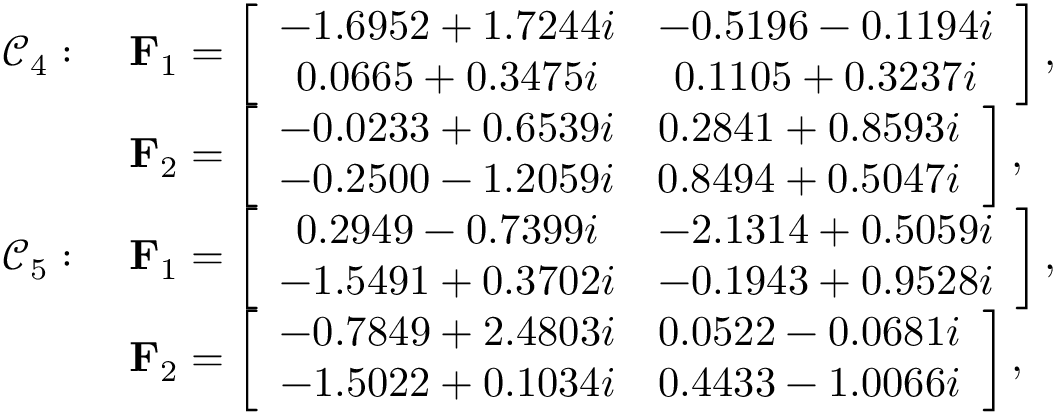
\begin{array} { r l } { \mathcal { C } _ { 4 } : \, \, } & { \mathbf { F } _ { 1 } = \left[ \begin{array} { c c } { - 1 . 6 9 5 2 + 1 . 7 2 4 4 i } & { - 0 . 5 1 9 6 - 0 . 1 1 9 4 i } \\ { 0 . 0 6 6 5 + 0 . 3 4 7 5 i } & { 0 . 1 1 0 5 + 0 . 3 2 3 7 i } \end{array} \right] , } \\ & { \mathbf { F } _ { 2 } = \left[ \begin{array} { c c } { - 0 . 0 2 3 3 + 0 . 6 5 3 9 i } & { 0 . 2 8 4 1 + 0 . 8 5 9 3 i } \\ { - 0 . 2 5 0 0 - 1 . 2 0 5 9 i } & { 0 . 8 4 9 4 + 0 . 5 0 4 7 i } \end{array} \right] , } \\ { \mathcal { C } _ { 5 } : \, \, } & { \mathbf { F } _ { 1 } = \left[ \begin{array} { c c } { 0 . 2 9 4 9 - 0 . 7 3 9 9 i } & { - 2 . 1 3 1 4 + 0 . 5 0 5 9 i } \\ { - 1 . 5 4 9 1 + 0 . 3 7 0 2 i } & { - 0 . 1 9 4 3 + 0 . 9 5 2 8 i } \end{array} \right] , } \\ & { \mathbf { F } _ { 2 } = \left[ \begin{array} { c c } { - 0 . 7 8 4 9 + 2 . 4 8 0 3 i } & { 0 . 0 5 2 2 - 0 . 0 6 8 1 i } \\ { - 1 . 5 0 2 2 + 0 . 1 0 3 4 i } & { 0 . 4 4 3 3 - 1 . 0 0 6 6 i } \end{array} \right] , } \end{array}